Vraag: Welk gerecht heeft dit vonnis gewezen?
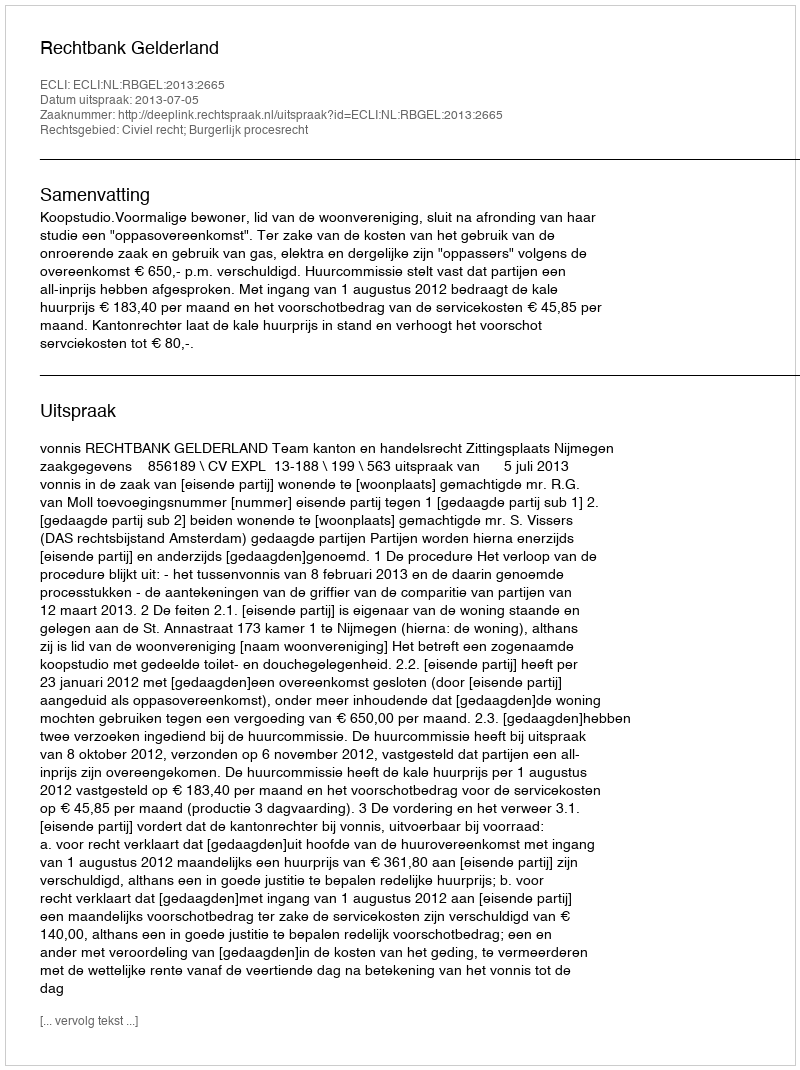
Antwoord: Rechtbank Gelderland